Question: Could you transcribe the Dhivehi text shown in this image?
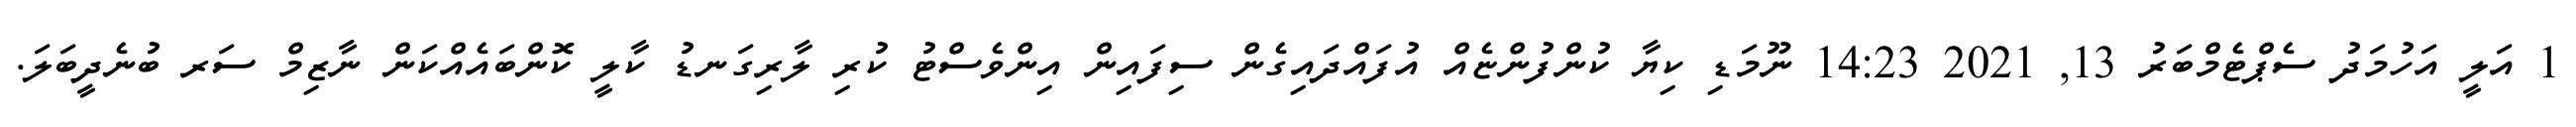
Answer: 1 އަލީ އަހުމަދު ސެޕްޓެމްބަރު 13, 2021 14:23 ނޫމަޑި ކިޔާ ކުންފުންޏެއް އުފައްދައިގެން ސިފައިން އިންވެސްޓު ކުރި ލާރިގަނޑު ކާލީ ކޮންބައެއްކަން ނާޒިމް ސަރ ބުނެދީބަލަ.